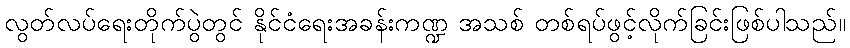
လွတ်လပ်ရေးတိုက်ပွဲတွင် နိုင်ငံရေးအခန်းကဏ္ဍ အသစ် တစ်ရပ်ဖွင့်လိုက်ခြင်းဖြစ်ပါသည်။